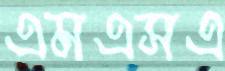
এমএসএ